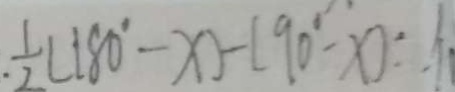
. \frac { 1 } { 2 } ( 1 8 0 ^ { \circ } - x ) - ( 9 0 ^ { \circ } - x ) :